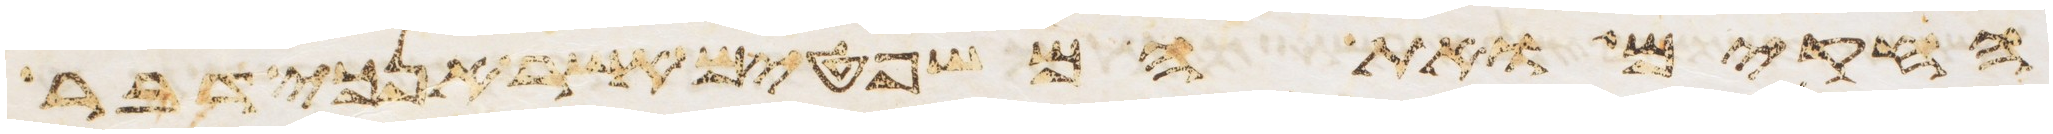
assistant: החקים ואת המשפטים אשר אנכי דבר